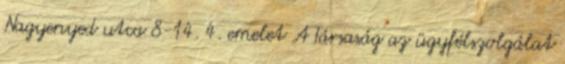
Nagyenyed utca 8-14. 4. emelet A Társaság az ügyfélszolgálat